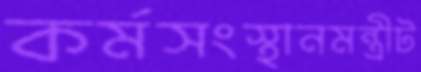
কর্মসংস্থানমন্ত্রীট